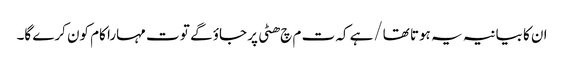
ا ن کا بیانیہ یہ ہوتا تھا/ہے کہ ت م چ ھٹی پر جاؤ گے تو ت مہارا کام کون کرے گا۔